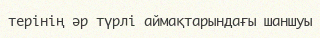
терінің әр түрлі аймақтарындағы шаншуы